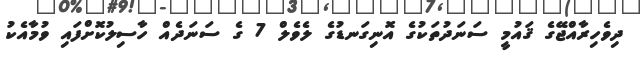
ދިވެހިރާއްޖޭގެ ޤައުމީ ސަނަދުތަކުގެ އޮނިގަނޑުގެ ލެވެލް 7 ގެ ސަނަދެއް ހާސިލުކޮށްފައި ވުމާއެކު